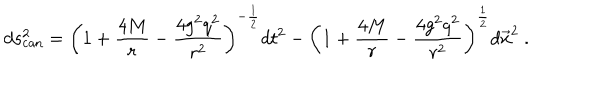
LaTeX: d s _ { \mathrm { c a n } } ^ { 2 } = \left( 1 + { \frac { 4 M } { r } } - { \frac { 4 g ^ { 2 } q ^ { 2 } } { r ^ { 2 } } } \right) ^ { - { \frac { 1 } { 2 } } } d t ^ { 2 } - \left( 1 + { \frac { 4 M } { r } } - { \frac { 4 g ^ { 2 } q ^ { 2 } } { r ^ { 2 } } } \right) ^ { \frac { 1 } { 2 } } d \vec { x } ^ { 2 } \ .